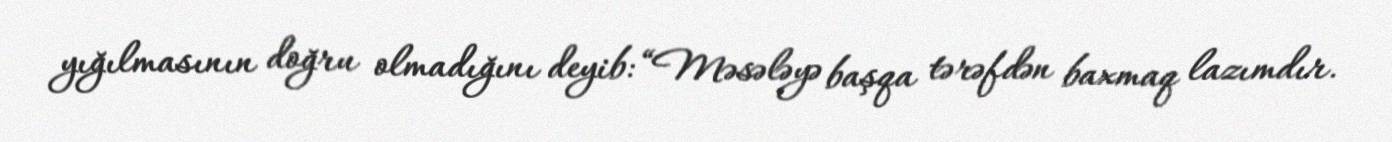
yığılmasının doğru olmadığını deyib: “Məsələyə başqa tərəfdən baxmaq lazımdır.